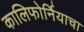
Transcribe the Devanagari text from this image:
कालिफोर्नियाचा